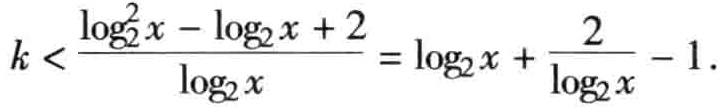
\(k < \frac{\log_{2}^{2}x - \log_{2}x + 2}{\log_{2}x} = \log_{2}x + \frac{2}{\log_{2}x} - 1.\)